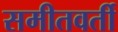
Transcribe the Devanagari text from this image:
समीतवर्ती